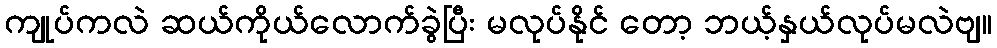
ကျုပ်ကလဲ ဆယ်ကိုယ်လောက်ခွဲပြီး မလုပ်နိုင် တော့ ဘယ့်နှယ်လုပ်မလဲဗျ။